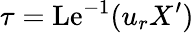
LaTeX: \tau=\mathrm{Le}^{-1}(u_{r}X^{\prime})